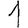
Digit: 1